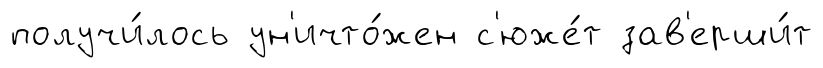
получи́лось ун'ичто́жен с'юже́т зав'ерши́т